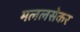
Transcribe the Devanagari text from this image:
मललसेकर